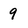
Character: 9